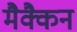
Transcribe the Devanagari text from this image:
मैक्कैन